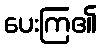
ပေးကြ၏